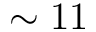
\sim 1 1